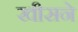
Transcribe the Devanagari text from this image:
खीसने